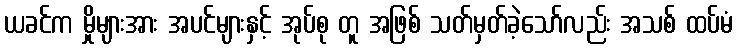
ယခင်က မှိုများအား အပင်များနှင့် အုပ်စု တူ အဖြစ် သတ်မှတ်ခဲ့သော်လည်း အသစ် ထပ်မံ